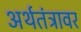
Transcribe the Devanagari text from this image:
अर्थतंत्रावर